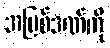
အပြစ်ဒဏ်ကို